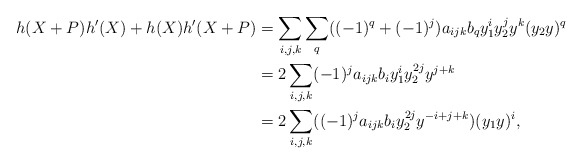
\begin{align*} h(X+P)h'(X)+h(X)h'(X+P)&=\sum_{i,j,k}\sum_{q}((-1)^{q}+(-1)^{j})a_{ijk}b_{q}y_{1}^{i}y_{2}^{j}y^{k}(y_{2}y)^{q}\\ &=2\sum_{i,j,k}(-1)^{j}a_{ijk}b_{i}y_{1}^{i}y_{2}^{2j}y^{j+k}\\ &=2\sum_{i,j,k}((-1)^{j}a_{ijk}b_{i}y_{2}^{2j}y^{-i+j+k})(y_{1}y)^{i}, \end{align*}